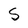
Character: S